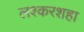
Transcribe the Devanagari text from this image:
लश्करशहा